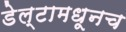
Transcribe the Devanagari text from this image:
डेल्टामधूनच